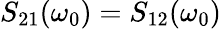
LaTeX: S_{21}(\omega_{0})=S_{12}(\omega_{0})